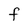
Character: F